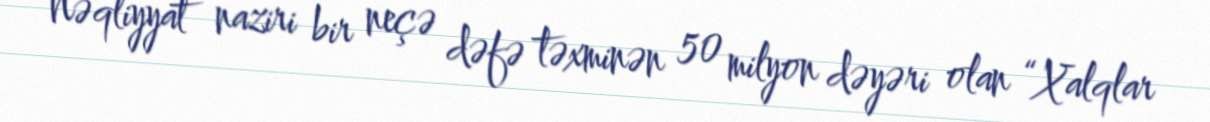
Nəqliyyat naziri bir neçə dəfə təxminən 50 milyon dəyəri olan “Xalqlar